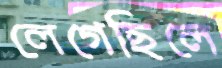
লেগেছিলে